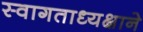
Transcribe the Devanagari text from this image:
स्वागताध्यक्षाने